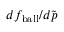
d f _ { \mathrm { { b a l l } } } / d \widetilde { \boldsymbol { p } }